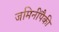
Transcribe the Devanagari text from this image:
जमिनींपैकी